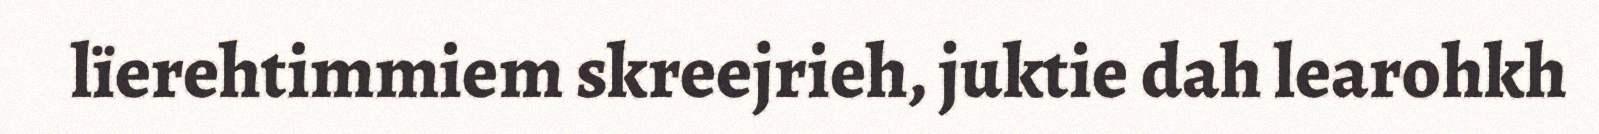
lïerehtimmiem skreejrieh, juktie dah learohkh